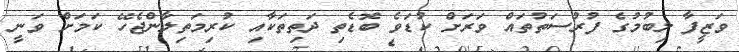
ވަޒީފާ ލިބުމުގެ ފުރުސަތުތައް ވަރަށް ކުޑަވެ ބޮޑެތި ދަތިތަކާއި ކުރިމަތިލާންޖެހޭ ކަމަށް ވަނީ